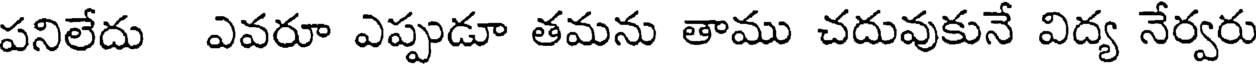
పనిలేదు ఎవరూ ఎప్పుడూ తమను తాము చదువుకునే విద్య నేర్వరు